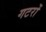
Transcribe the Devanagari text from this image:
गटरों